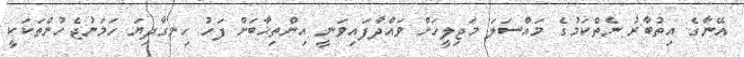
އޭނާގެ އިތުބާރު ނެތްކަމުގެ މައްސަލަ މަޖިލީހަށް ވައްދާފައިވަނީ އިންތިޚާބަށް ފަހު ހިނގާދިޔަ ހަމަނުޖެހުންތަކަކީ